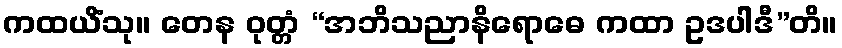
ကထယိံသု။ တေန ဝုတ္တံ “အဘိသညာနိရောဓေ ကထာ ဥဒပါဒီ”တိ။